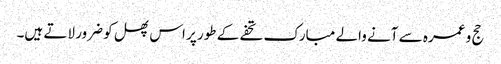
حج و عمرہ سے آنے والے مبارک تحفے کے طور پر اس پھل کو ضرور لاتے ہیں۔